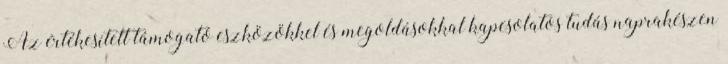
Az értékesített támogató eszközökkel és megoldásokkal kapcsolatos tudás naprakészen